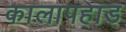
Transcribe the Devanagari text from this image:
कालापहाड